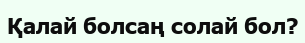
Қалай болсаң солай бол?